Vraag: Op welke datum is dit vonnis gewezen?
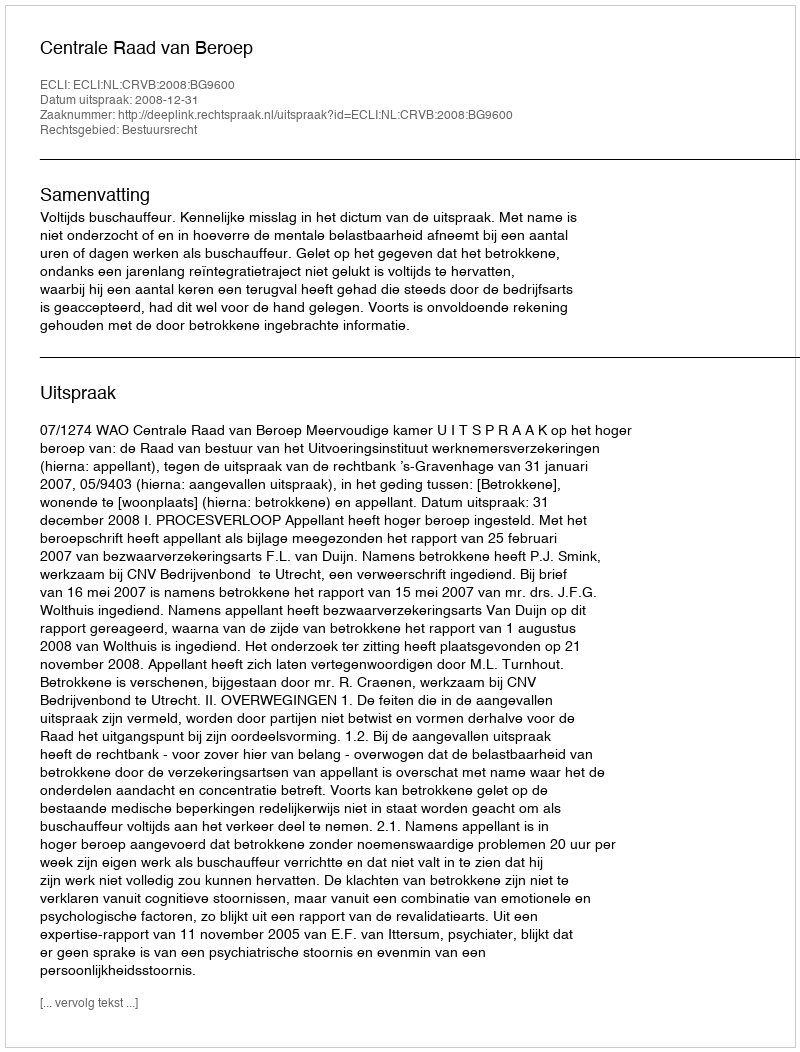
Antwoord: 2008-12-31